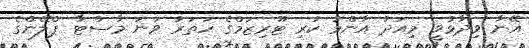
އޭނާ ވިދާޅުވީ މިއަދު އާންމު ކުރި ޓޫރިޒަމްގެ ހަތަރު ވަނަ މާސްޓާ ޕްލޭންގެ